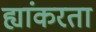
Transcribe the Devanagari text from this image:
ह्यांकरता